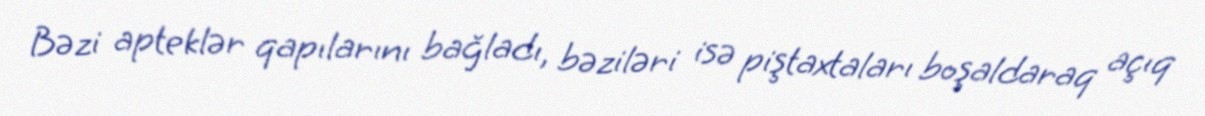
Bəzi apteklər qapılarını bağladı, bəziləri isə piştaxtaları boşaldaraq açıq